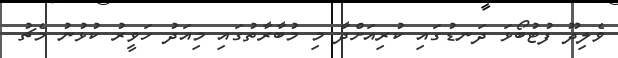
ވެލިދޫ ފުޓުބޯޅަ ދަނޑުގައި ކުރިއަށްދާ މި މުބާރާތުގައި މިއަދު ހަވީރު ކުޅުނު މެޗު